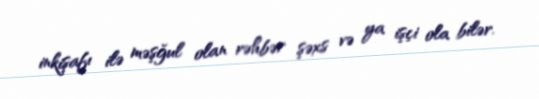
inkişafı ilə məşğul olan rəhbər şəxs və ya işçi ola bilər.